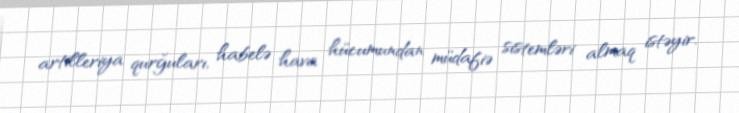
artilleriya qurğuları, habelə hava hücumundan müdafiə sistemləri almaq istəyir.